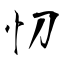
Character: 忉